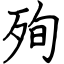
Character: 殉